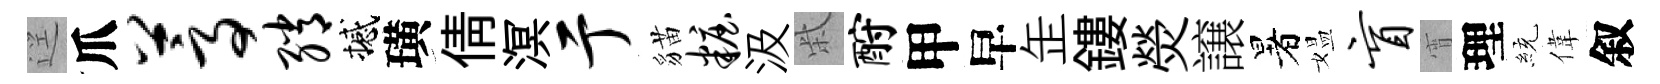
逕爪蒿绡撼璜倩溟亍貓妆汲柴酹甲早𦈢鏤熒譲暑媪盲宵理統偉叙